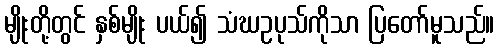
မျိုးတို့တွင် နှစ်မျိုး ပယ်၍ သံဃဥပုသ်ကိုသာ ပြတော်မူသည်။